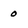
Character: 0